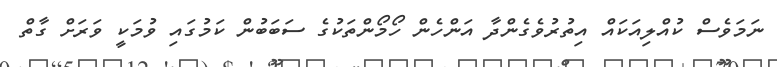
ނަމަވެސް ކުއްލިއަކައް އިތުރުވެގެންދާ އަންހެން ހޯމޯންތަކުގެ ސަބަބުން ކަމުގައި ވުމަކީ ވަރަށް ގާތް